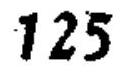
\(125\)